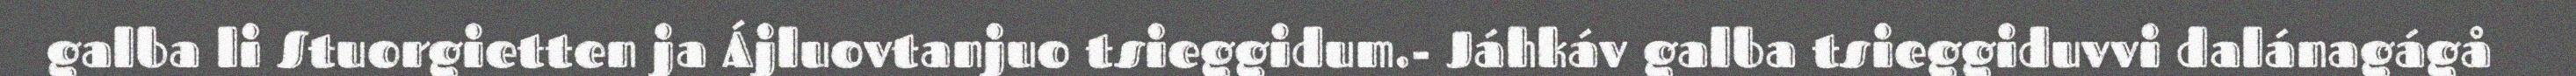
galba li Stuorgietten ja Ájluovtanjuo tsieggidum.- Jáhkáv galba tsieggiduvvi dalánagágå